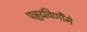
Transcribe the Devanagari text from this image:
पञ्चद्रविणौंमे